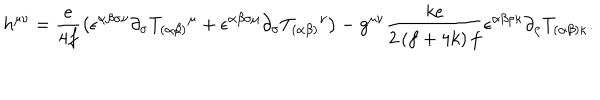
h ^ { \mu \nu } = \frac { e } { 4 f } \left( \epsilon ^ { \alpha \beta \sigma \nu } \partial _ { \sigma } T _ { ( \alpha \beta ) } { } ^ { \mu } + \epsilon ^ { \alpha \beta \sigma \mu } \partial _ { \sigma } T _ { ( \alpha \beta ) } { } ^ { \nu } \right) - g ^ { \mu \nu } \frac { k e } { 2 \left( f + 4 k \right) f } \epsilon ^ { \alpha \beta \rho \kappa } \partial _ { \rho } T _ { ( \alpha \beta ) \kappa } .